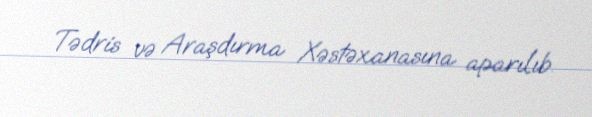
Tədris və Araşdırma Xəstəxanasına aparılıb.